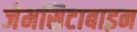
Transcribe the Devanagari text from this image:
जेमसिटाबाइन